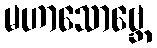
မဟာသောဗ္ဘေ